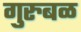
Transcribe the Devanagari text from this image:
गुरुबळ